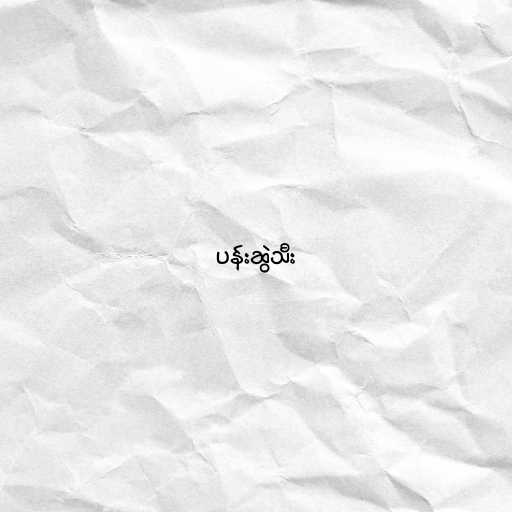
ပန်းဆွဲသီး